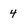
Character: 4